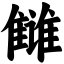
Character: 雠